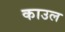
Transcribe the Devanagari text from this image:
काउल